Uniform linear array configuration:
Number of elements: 16
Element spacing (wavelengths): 0.25
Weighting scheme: hann
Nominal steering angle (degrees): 60
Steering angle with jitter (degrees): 58.405
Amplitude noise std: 0.05
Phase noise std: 0.05

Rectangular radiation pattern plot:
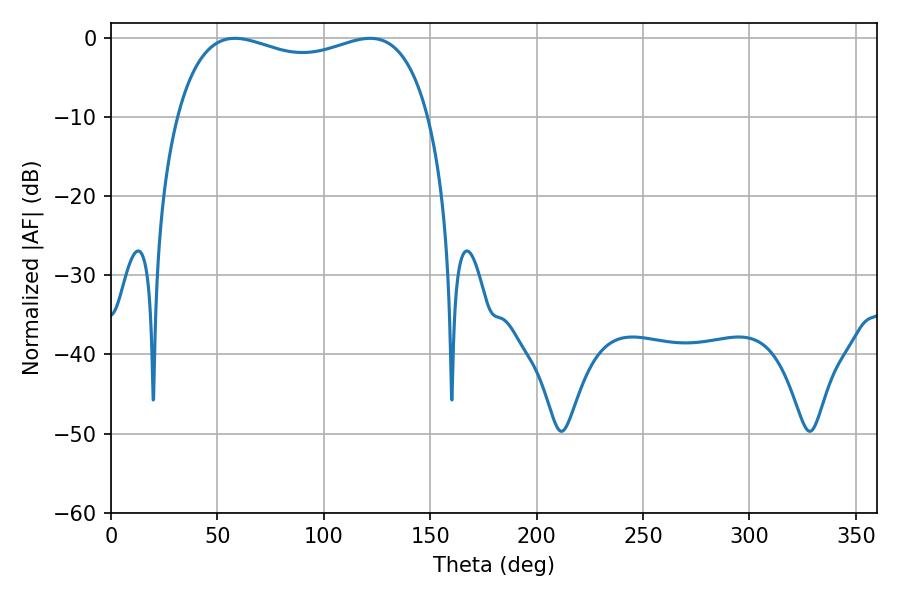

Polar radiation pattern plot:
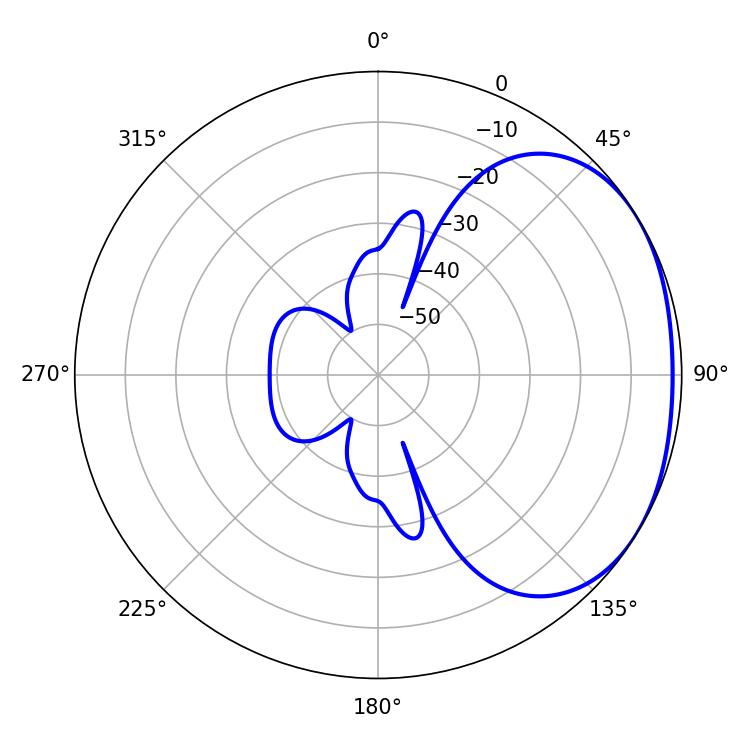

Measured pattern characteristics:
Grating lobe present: FALSE
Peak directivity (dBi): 1.898
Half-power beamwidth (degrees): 97.2
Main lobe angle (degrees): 58.32